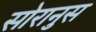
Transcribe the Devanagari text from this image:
सोरानुस